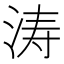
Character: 涛